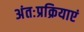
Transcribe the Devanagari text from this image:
अंतःप्रक्रियाएं